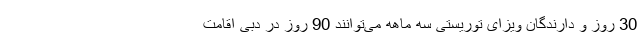
30 روز و دارندگان ویزای توریستی سه ماهه می‌توانند 90 روز در دبی اقامت